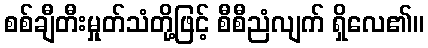
စစ်ချီတီးမှုတ်သံတို့ဖြင့် စီစီညံလျက် ရှိလေ၏။